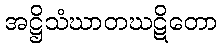
အဋ္ဌိသံဃာတဃဋိတော